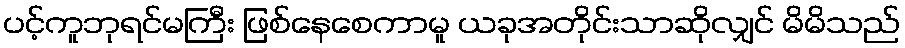
ပင့်ကူဘုရင်မကြီး ဖြစ်နေစေကာမူ ယခုအတိုင်းသာဆိုလျှင် မိမိသည်